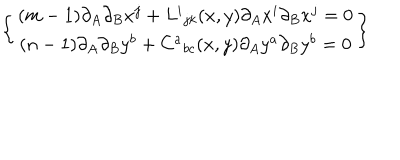
\left\{ \begin{array} { c } { { ( m - 1 ) \partial _ { A } \partial _ { B } x ^ { j } + L ^ { i } { } _ { j k } ( x , y ) \partial _ { A } x ^ { i } \partial _ { B } x ^ { j } = 0 } } \\ { { ( n - 1 ) \partial _ { A } \partial _ { B } y ^ { b } + C ^ { a } { } _ { b c } ( x , y ) \partial _ { A } y ^ { a } \partial _ { B } y ^ { b } = 0 } } \\ \end{array} \right\}